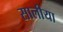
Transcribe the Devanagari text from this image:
सालीया